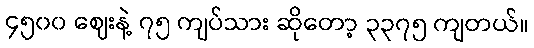
၄၅၀၀ ဈေးနဲ့ ၇၅ ကျပ်သား ဆိုတော့ ၃၃၇၅ ကျတယ်။